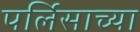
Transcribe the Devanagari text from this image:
पर्लिसाच्या